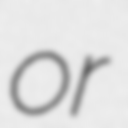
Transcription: or